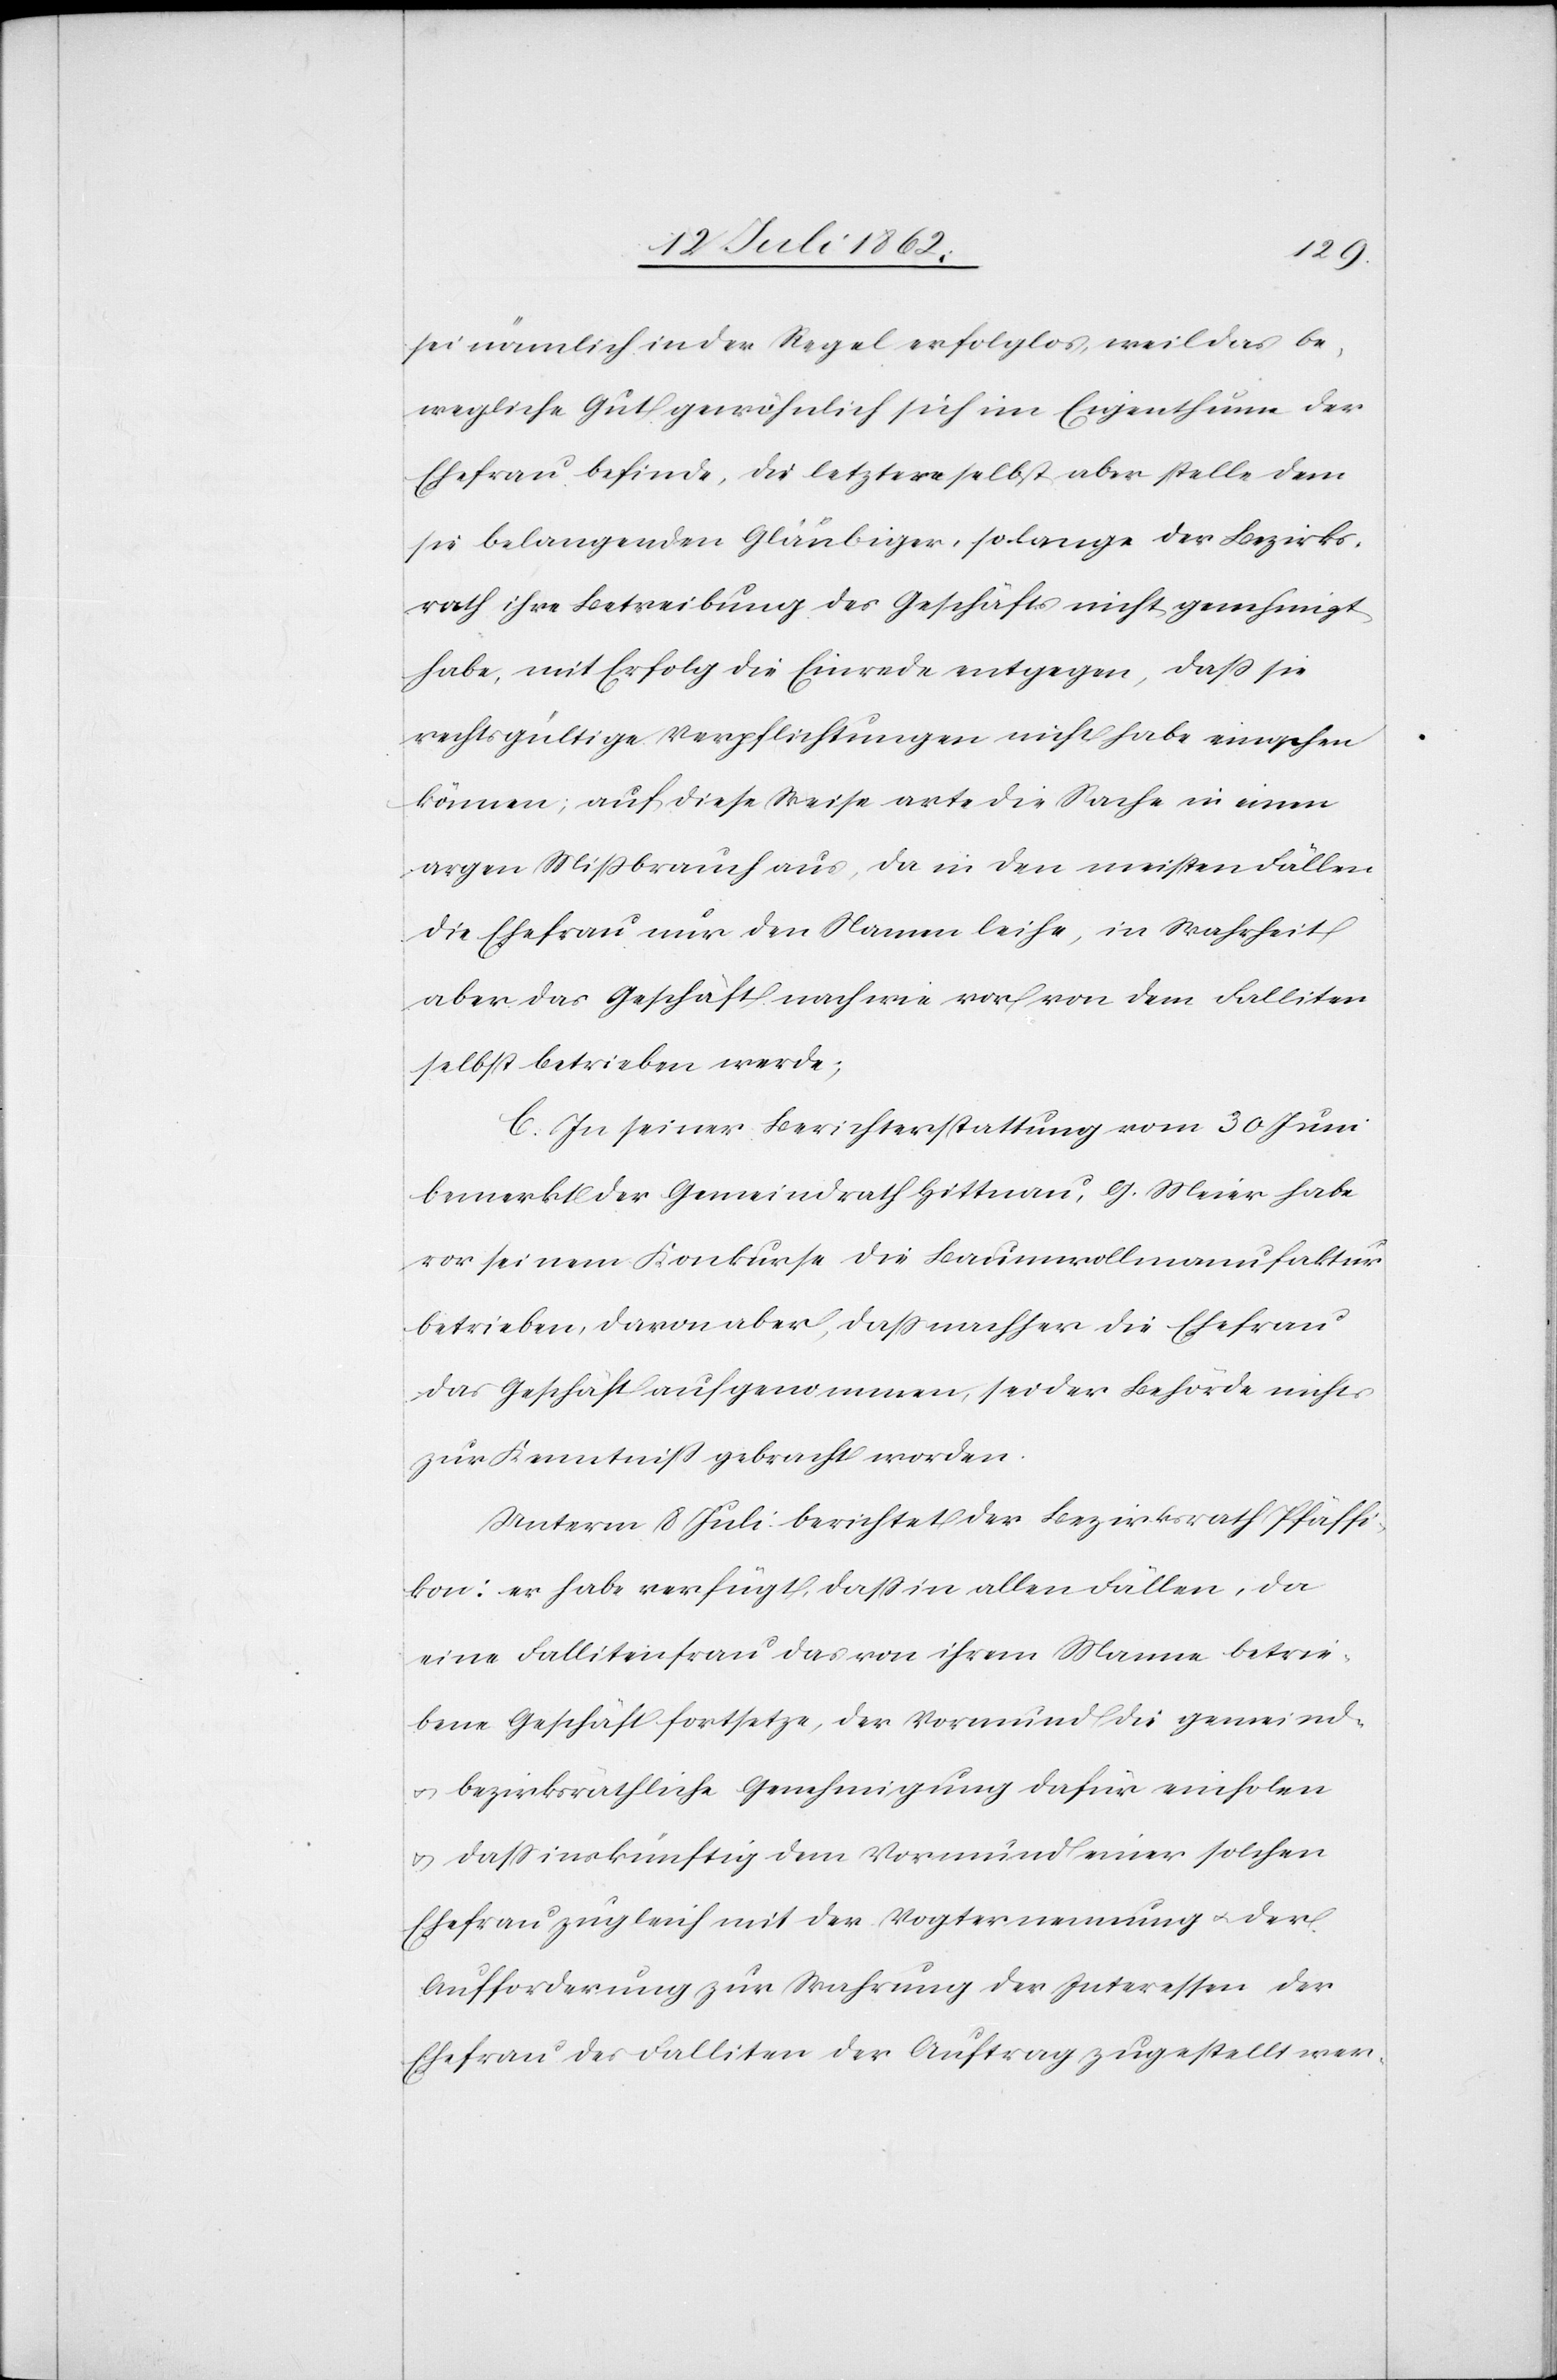
sei nämlich in der Regel erfolglos, weil das be¬
wegliche Gut gewöhnlich sich im Eigenthum der
Ehefrau befinde, die letztere selbst aber stelle dem
sie belangenden Gläubiger, so lange der Bezirks¬
rath ihre Betreibung des Geschäfts nicht genehmigt
habe, mit Erfolg die Einrede entgegen, daß sie
rechtsgültige Verpflichtungen nicht habe ein[?o]schen
können; auf diese Weise arte die Sache in einen
argen Mißbrauch aus, da in den meisten Fällen
die Ehefrau nur den Namen leihe, in Wahrheit
aber das Geschäft nach wie vor von dem Falliten
selbst betrieben werde;
C. In seiner Berichterstattung vom 30. Juni
bemerkt der Gemeindrath Hittnau, G. Meier habe
vor seinem Konkurse die Baumwollenfaktur
betrieben, davon aber, daß nachher die Ehefrau
das Geschäft aufgenommen, sei der Behörde nichts
zur Kenntniß gebracht worden.
Unterm 8. Juli beichtet der Bezirksrath Pfäffi¬
kon: er habe verfügt, daß in allen Fällen, da
eine Fallitenfrau das von ihrem Manne betrie¬
bene Geschäft fortsetzte, der Vormund die gemein-
u. bezirksräthliche Genehmigung dafür einholen
u. daß inskünftig dem Vormund einer solchen
Ehefrau zugleich mit der Vogternennung u. der
Aufforderung zur Wahrung der Interessen der
Ehefrau des Falliten der Auftrag zugestellt wer-